Report of veterinary surgeon J.H. Steel, A.V.D., on his investigation into an obscure and fatal disease among transport mules in British Burma
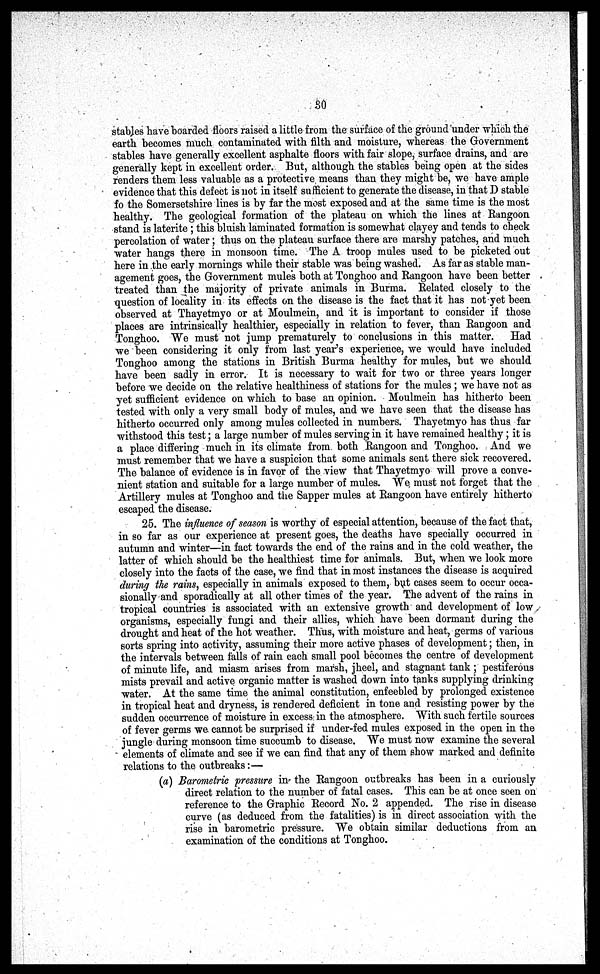
30
stables have boarded floors raised a little from the surface of the ground under which the
earth becomes much contaminated with filth and moisture, whereas the Government
stables have generally excellent asphalte floors with fair slope, surface drains, and are
generally kept in excellent order. But, although the stables being open at the sides
renders them less valuable as a protective means than they might be, we have ample
evidence that this defect is not in itself sufficient to generate the disease, in that D stable
fo the Somersetshire lines is by far the most exposed and at the same time is the most
healthy. The geological formation of the plateau on which the lines at Rangoon
stand is laterite; this bluish laminated formation is somewhat clayey and tends to check
percolation of water; thus on the plateau surface there are marshy patches, and much
water hangs there in monsoon time. The A troop mules used to be picketed out
here in the early mornings while their stable was being washed. As far as stable man-
agement goes, the Government mules both at Tonghoo and Rangoon have been better
treated than the majority of private animals in Burma. Related closely to the
question of locality in its effects on the disease is the fact that it has not yet been
observed at Thayetmyo or at Moulmein, and it is important to consider if those
places are intrinsically healthier, especially in relation to fever, than Rangoon and
Tonghoo. We must not jump prematurely to conclusions in this matter. Had
we been considering it only from last year's experience, we would have included
Tonghoo among the stations in British Burma healthy for mules, but we should
have been sadly in error. It is necessary to wait for two or three years longer
before we decide on the relative healthiness of stations for the mules; we have not as
yet sufficient evidence on which to base an opinion. Moulmein has hitherto been
tested with only a very small body of mules, and we have seen that the disease has
hitherto occurred only among mules collected in numbers. Thayetmyo has thus far
withstood this test; a large number of mules serving in it have remained healthy; it is
a place differing much in its climate from both Rangoon and Tonghoo. And we
must remember that we have a suspicion that some animals sent there sick recovered.
The balance of evidence is in favor of the view that Thayetmyo will prove a conve-
nient station and suitable for a large number of mules. We must not forget that the
Artillery mules at Tonghoo and the Sapper mules at Rangoon have entirely hitherto
escaped the disease.
25. The influence of season is worthy of especial attention, because of the fact that,
in so far as our experience at present goes, the deaths have specially occurred in
autumn and winter—in fact towards the end of the rains and in the cold weather, the
latter of which should be the healthiest time for animals. But, when we look more
closely into the facts of the case, we find that in most instances the disease is acquired
during the rains, especially in animals exposed to them, but cases seem to occur occa-
sionally and sporadically at all other times of the year. The advent of the rains in
tropical countries is associated with an extensive growth and development of low
organisms, especially fungi and their allies, which have been dormant during the
drought and heat of the hot weather. Thus, with moisture and heat, germs of various
sorts spring into activity, assuming their more active phases of development; then, in
the intervals between falls of rain each small pool becomes the centre of development
of minute life, and miasm arises from marsh, jheel, and stagnant tank ; pestiferous
mists prevail and active organic matter is washed down into tanks supplying drinking
water. At the same time the animal constitution, enfeebled by prolonged existence
in tropical heat and dryness, is rendered deficient in tone and resisting power by the
sudden occurrence of moisture in excess: in the atmosphere. "With such fertile sources
of fever germs we cannot be surprised if under-fed mules exposed in the open in the
jungle during monsoon time succumb to disease. We must now examine the several
elements of climate and see if we can find that any of them show marked and definite
relations to the outbreaks:—
(a) Barometric pressure in the Rangoon outbreaks has been in a curiously
direct relation to the number of fatal cases. This can be at once seen on
reference to the Graphic Record No. 2 appended. The rise in disease
curve (as deduced from the fatalities) is in direct association with the
rise in barometric pressure. We obtain similar deductions from an
examination of the conditions at Tonghoo.